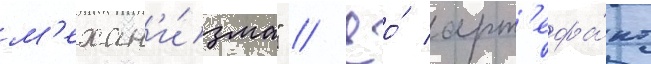
м'ехан'и́зма" // Ео́ арт'ефа́кт